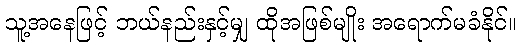
သူ့အနေဖြင့် ဘယ်နည်းနှင့်မျှ ထိုအဖြစ်မျိုး အရောက်မခံနိုင်။